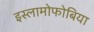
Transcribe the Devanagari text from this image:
इस्लामोफोबिया